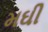
મઘી